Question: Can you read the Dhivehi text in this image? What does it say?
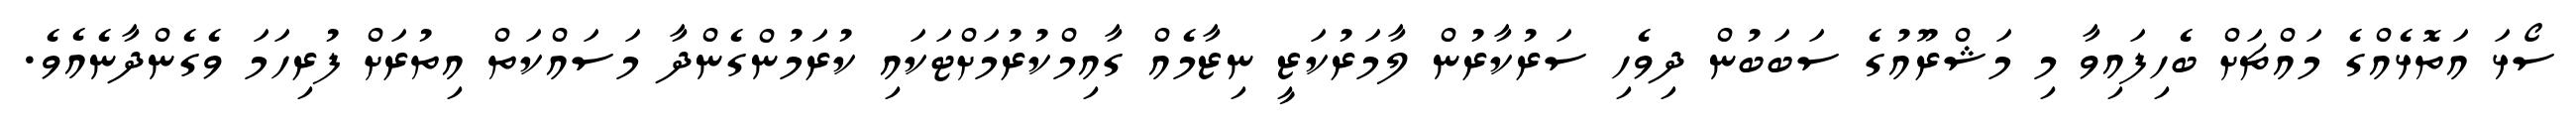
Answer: ސޯޅަ އަތޮޅެއްގެ މައްޗަށް ބެހިފައިވާ މި މަޝްރޫއުގެ ސަބަބުން ދިވެހި ސަރުކާރުން ލާމަރުކަޒީ ނިޒާމެއް ގާއިމްކުރުމަށްޓަކައި ކުރަމުންގެންދާ މަސައްކަތް އިތުރަށް ފުރިހަމަ ވެގެންދާނެއެވެ.